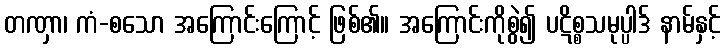
တဏှာ၊ ကံ-စသော အကြောင်းကြောင့် ဖြစ်၏။ အကြောင်းကိုစွဲ၍ ပဋိစ္စသမုပ္ပါဒ် နာမ်နှင့်